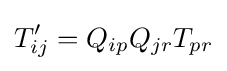
T'_{ij}=Q_{ip}Q_{jr}T_{pr}